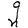
Character: g